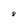
Character: 8